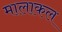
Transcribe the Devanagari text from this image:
मालाकल